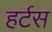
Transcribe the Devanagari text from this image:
हर्टस